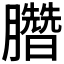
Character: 𣎯